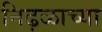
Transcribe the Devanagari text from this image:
निढ़ळाच्या